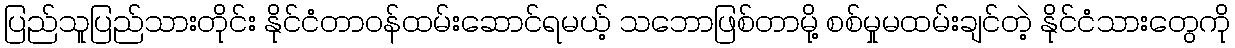
ပြည်သူပြည်သားတိုင်း နိုင်ငံတာဝန်ထမ်းဆောင်ရမယ့် သဘောဖြစ်တာမို့ စစ်မှုမထမ်းချင်တဲ့ နိုင်ငံသားတွေကို